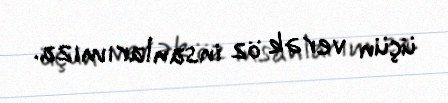
üçün verək öz insanlarımıza.